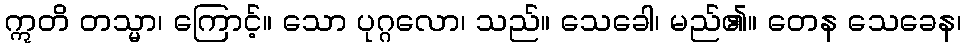
ဣတိ တသ္မာ၊ ကြောင့်။ သော ပုဂ္ဂလော၊ သည်။ သေခေါ၊ မည်၏။ တေန သေခေန၊